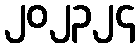
၂၀၂၃၂၄